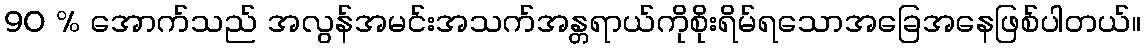
90 % အောက်သည် အလွန်အမင်းအသက်အန္တရာယ်ကိုစိုးရိမ်ရသောအခြေအနေဖြစ်ပါတယ်။